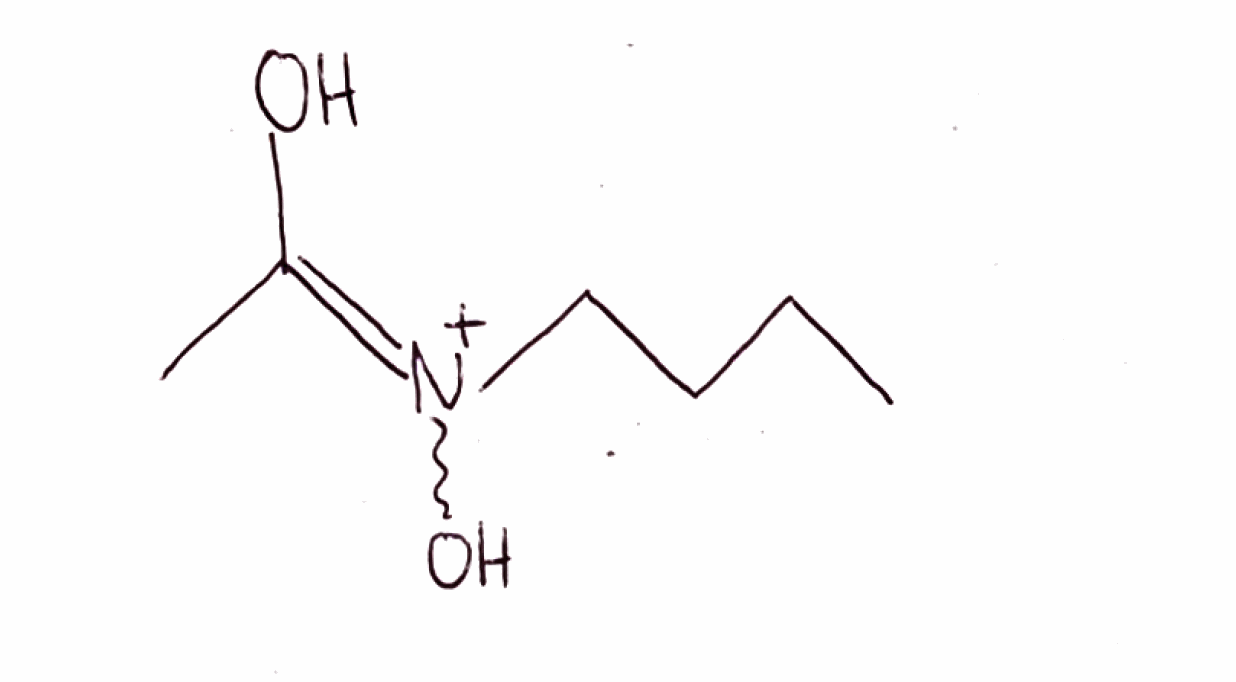
Simplified molecular-input line-entry system (SMILES) notation of the given molecule:
CCCC[N+](=C(C)O)O